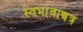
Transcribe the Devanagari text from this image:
स्वभावाद्यत्र